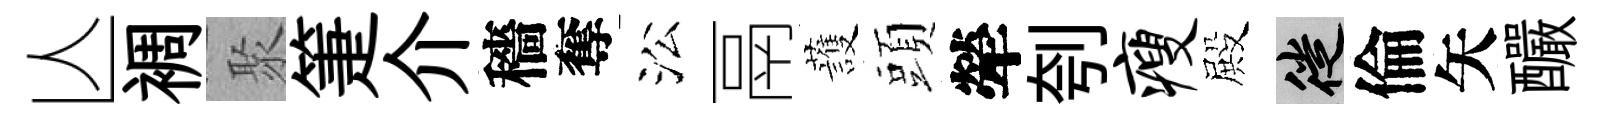
亾裯聚箑介穡奪㳂鬲䕶頭犖刳瘦殿徙倫矢釅